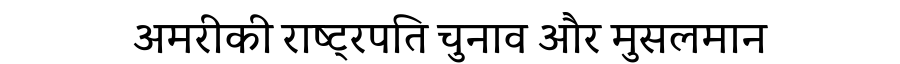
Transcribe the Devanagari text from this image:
अमरीकी राष्ट्रपति चुनाव और मुसलमान